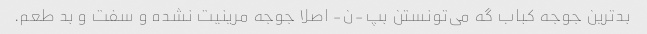
بدترین جوجه کباب گه می‌تونستن بپ-ن- اصلا جوجه مرینیت نشده و سفت و بد طعم.